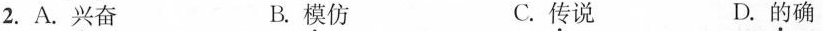
2.A.兴奋 B.模仿 C.传说 D.的确